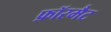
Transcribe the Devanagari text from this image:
फ़ॉरमैट